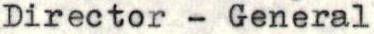
Director - General